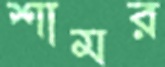
শামর